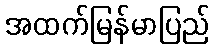
အထက်မြန်မာပြည်